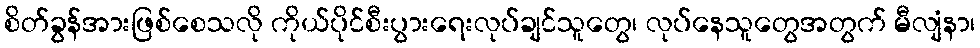
စိတ်ခွန်အားဖြစ်စေသလို ကိုယ်ပိုင်စီးပွားရေးလုပ်ချင်သူတွေ၊ လုပ်နေသူတွေအတွက် မီလျံနာ၊